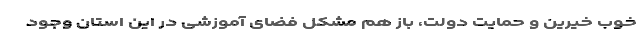
خوب خیرین و حمایت دولت، باز هم مشکل فضای آموزشی در این استان وجود